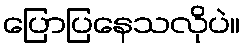
ပြောပြနေသလိုပဲ။